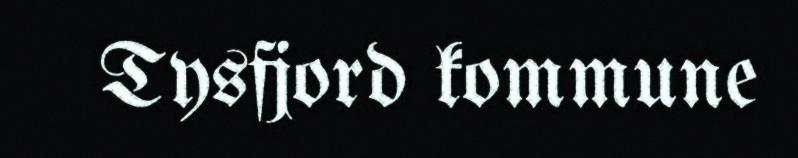
Tysfjord kommune